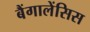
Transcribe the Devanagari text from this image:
बैंगालेंसिस